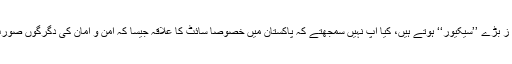
وہاں کے بزنس ایریا ز بڑے ’’سیکیور‘‘ ہوتے ہیں، کیا آپ نہیں سمجھتے کہ پاکستان میں خصوصاً سائٹ کا علاقہ جیسا کہ امن و امان کی دگرگوں صورت حال کا شکار ہے؟